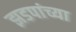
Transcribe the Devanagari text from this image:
झडपांच्या